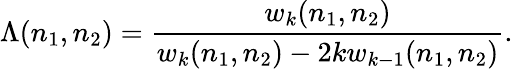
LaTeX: \Lambda(n_{1},n_{2})=\frac{w_{k}(n_{1},n_{2})}{w_{k}(n_{1},n_{2})-2kw_{k-1}(n_{1},n_{2})}.